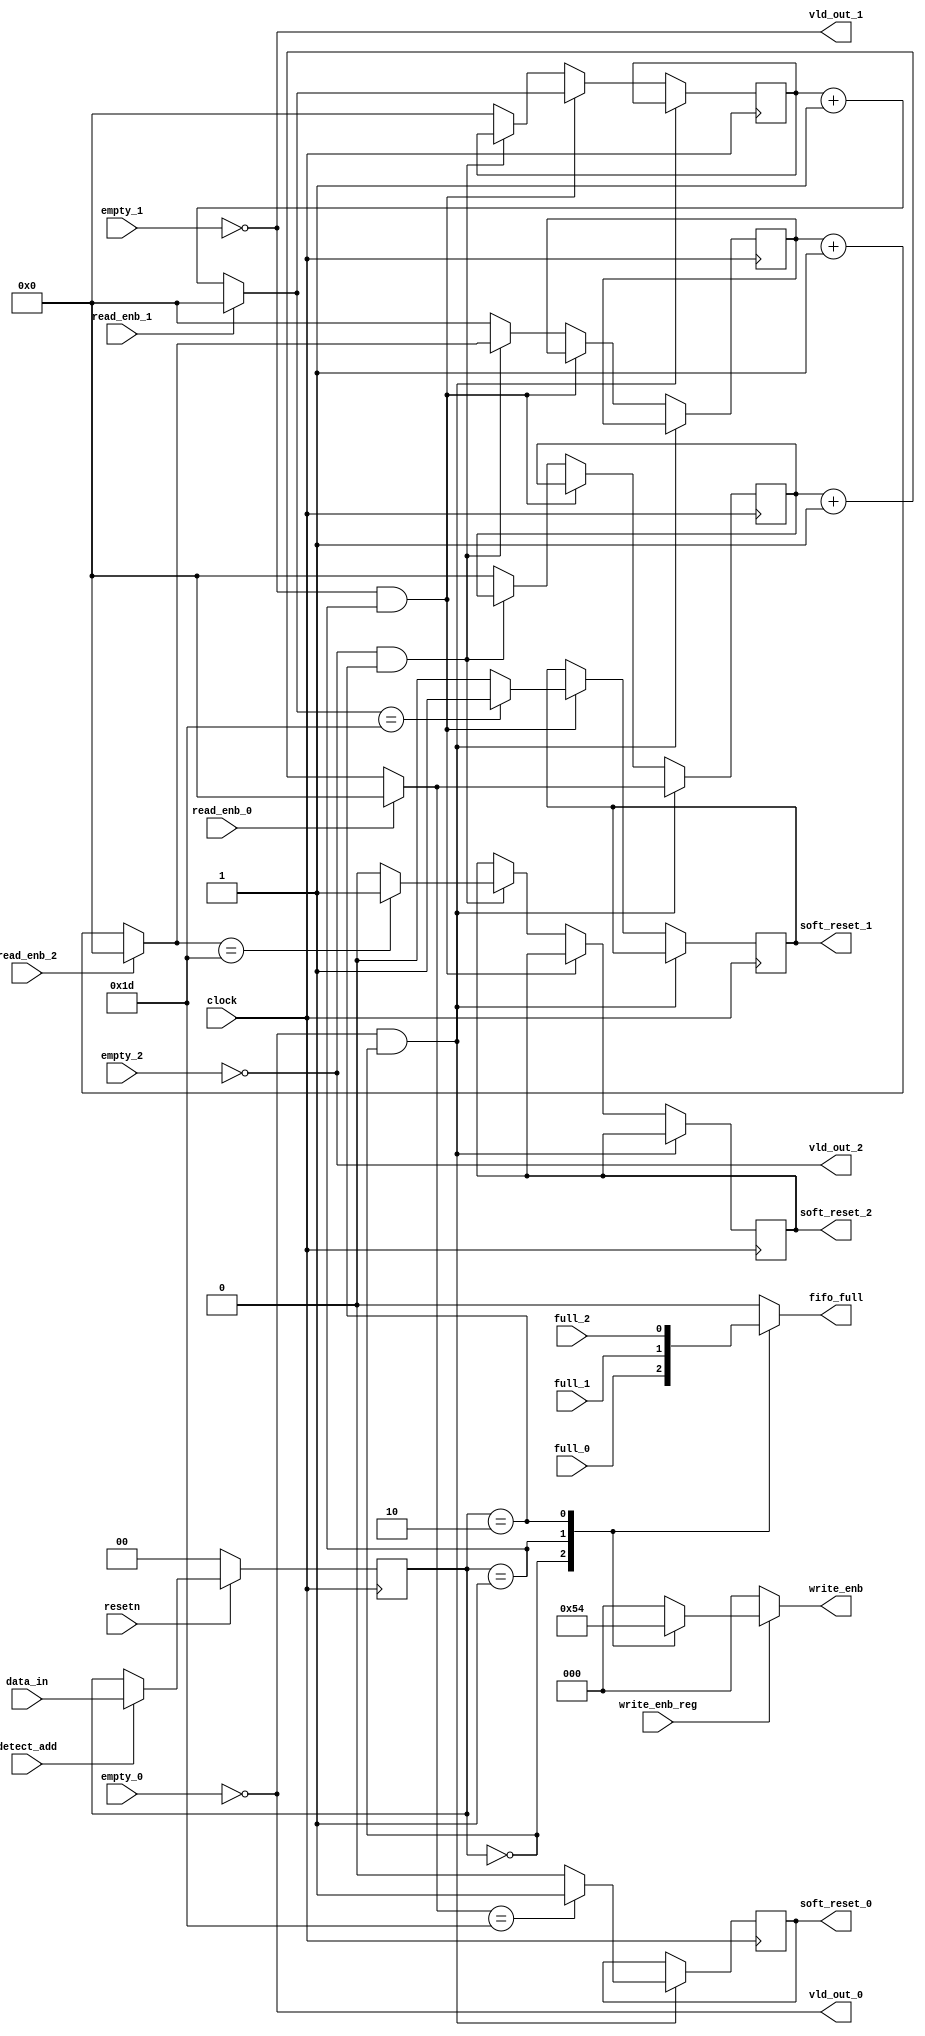
module router_sync(input detect_add,clock,resetn,write_enb_reg,read_enb_0,read_enb_1,read_enb_2,empty_0,empty_1,empty_2,
		   full_0,full_1,full_2, input [1:0]data_in, output reg [2:0]write_enb, output vld_out_0,vld_out_1,vld_out_2,
					output reg fifo_full,soft_reset_0,soft_reset_1,soft_reset_2);
					
	reg [1:0]temp;  //used to hold the 2 bit address bit
	reg [4:0]counter_0=0,counter_1=0,counter_2=0;
			  
    always@(posedge clock )
			temp<= (!resetn)?0:(detect_add)?data_in:temp;   // loading the last 2 bit(address) of data_in in temp variable
			
	always@(*)
		begin		
			fifo_full=1'b0;
			case(temp)   			//if address matches then w.r.t that fifo will indicate fifo is full. 
				2'b00 : fifo_full=full_0;
				2'b01 : fifo_full=full_1;
				2'b10 : fifo_full=full_2;
			endcase
		end 
		
	always@(*)
		begin
			if(write_enb_reg)
				begin
				case(temp)		//if address matches then w.r.t that write_enb will be high for that fifo
				2'b00 : write_enb=3'b001;
				2'b01 : write_enb=3'b010;
				2'b10 : write_enb=3'b100;
				default write_enb = 0;
				endcase
				end
			else
				write_enb = 0;
		end
	always@(posedge clock)
		begin
			if((vld_out_0 ==1) && (temp==2'b00))
				begin
				counter_0=(read_enb_0)?1'b0:(counter_0 + 1);		//soft_resets are used to reset that particular fifo internally 
				soft_reset_0<=(counter_0==29)?1'b1:1'b0;		//if read_enble is not and counter reaches to 29 then soft_reset will be activated.
				end
			else if((vld_out_1 == 1) && (temp==2'b01))
				begin
				counter_1=(read_enb_1)?1'b0:(counter_1 + 1);
				soft_reset_1<=(counter_1==29)?1'b1:1'b0;
				end
			else if((vld_out_2 == 1) && (temp==2'b10))
				begin
				counter_2=(read_enb_2)?1'b0:(counter_2 + 1);
				soft_reset_2<=(counter_2==29)?1'b1:1'b0;
				end
			else
				begin
				{counter_0,counter_1,counter_2}<=15'b0;
				end
		end		
	assign {vld_out_0,vld_out_1,vld_out_2} = {~empty_0,~empty_1,~empty_2};
endmodule